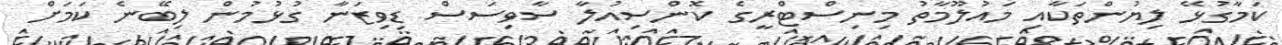
ކަމާގުޅޭ ލިޔުންތަކާއި މައުލޫމާތު މިނިސްޓްރީގެ ކޮންސިއުލާ ސާވިސަސް ޑިވިޒަނާ ގުޅުމުން ލިބޭނެ ކަމަށް